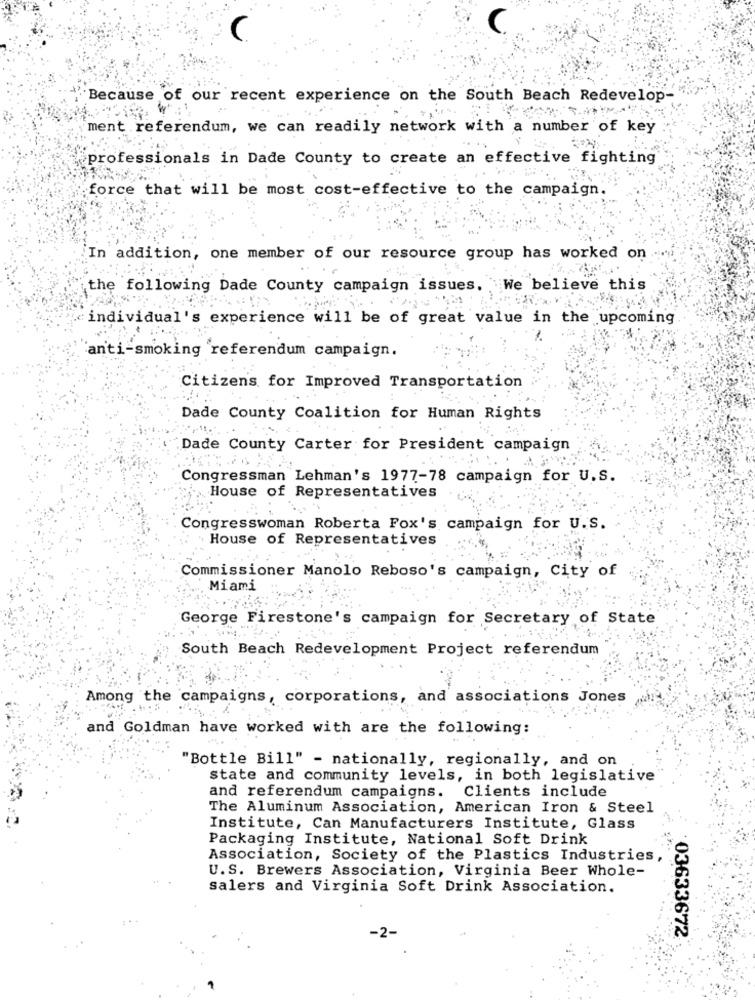
Because of our recent experience on the South Beach Redevelop-
ment referendum, we can readily network with a number of key
professionals in Dade County to create an effective fighting
force that will be most cost-effective to the campaign.
In addition, one member of our resource group has worked on
the following Dade County campaign issues. We believe this
individual's experience will be of great value in the upcoming
anti-smoking referendum campaign.
Citizens for Improved Transportation
Dade County Coalition for Human Rights
Dade County Carter for President campaign
Congressman Lehman's 1977-78 campaign for U.S.
House of Representatives
Congresswoman Roberta Fox's campaign for U.S.
House of Representatives
Commissioner Manolo Reboso's campaign, City of
Miami
George Firestone's campaign for Secretary of State
South Beach Redevelopment Project referendum
Among the campaigns, corporations, and associations Jones
and Goldman have worked with are the following:
"Bottle Bill" - nationally, regionally, and on
state and community levels, in both legislative
and referendum campaigns.
Clients include
The Aluminum Association, American Iron & Steel
Institute, Can Manufacturers Institute, Glass
Packaging Institute, National Soft Drink
Association, Society of the Plastics Industries,
U.S. Brewers Association, Virginia Beer Whole-
salers and Virginia Soft Drink Association.
03633672